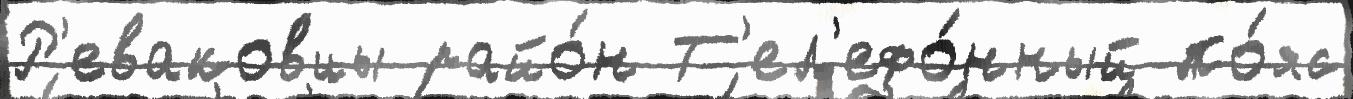
Р'еваковцы райо́н Т'ел'ефо́нный по́яс